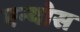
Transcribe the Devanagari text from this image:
एन्योस